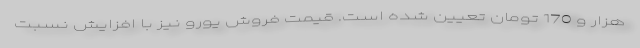
هزار و 170 تومان تعیین شده است. قیمت فروش یورو نیز با افزایش نسبت